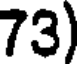
73)